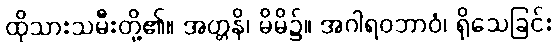
ထိုသားသမီးတို့၏။ အတ္တနိ၊ မိမိ၌။ အဂါရဝဘာဝံ၊ ရိုသေခြင်း